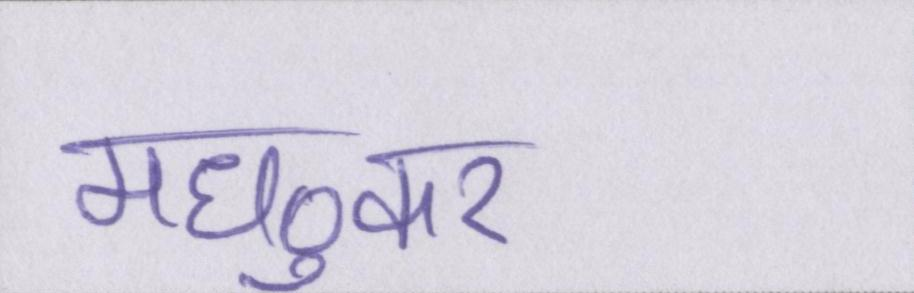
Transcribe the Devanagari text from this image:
मध्ुकर